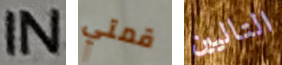
IN قمتي التاليين